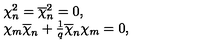
\begin{array} { l } { \chi _ { n } ^ { 2 } = \overline { { \chi } } _ { n } ^ { 2 } = 0 , } \\ { \chi _ { m } \overline { { \chi } } _ { n } + { \frac { 1 } { q } } \overline { { \chi } } _ { n } \chi _ { m } = 0 , } \\ \end{array}